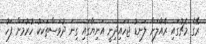
ރޭގެ މެޗުގައި ރެއާލަށް ލަނޑު ޖަހައިދިނީ އަނިޔާގައި ގިނަ ދުވަސްތަކަކު ހުރުމަށް ފަހު